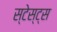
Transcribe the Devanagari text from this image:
स्टेस्ट्स